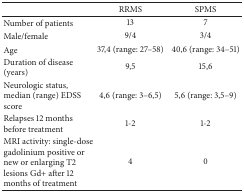
<table><thead><tr><td><b> </b></td><td><b>RRMS</b></td><td><b>SPMS</b></td></tr></thead><tbody><tr><td>Number of patients</td><td>13</td><td>7</td></tr><tr><td>Male/female </td><td>9/4</td><td>3/4</td></tr><tr><td>Age</td><td>37,4 (range: 27–58)</td><td>40,6 (range: 34–51)</td></tr><tr><td>Duration of disease (years)</td><td>9,5</td><td>15,6</td></tr><tr><td>Neurologic status, median (range) EDSS score</td><td>4,6 (range: 3–6,5)</td><td>5,6 (range: 3,5–9)</td></tr><tr><td>Relapses 12 months before treatment </td><td>1-2</td><td>1-2</td></tr><tr><td>MRI activity: single-dose gadolinium positive or new or enlarging T2 lesions Gd+ after 12 months of treatment</td><td>4</td><td>0</td></tr></tbody></table>